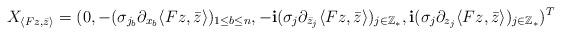
LaTeX: \begin{align*}X_{\langle Fz,\bar{z}\rangle}=(0,-(\sigma_{j_b}\partial_{x_b}\langle Fz,\bar{z}\rangle)_{1\leq b\leq n},-\mathbf{i}(\sigma_j\partial_{\bar{z}_j}\langle Fz,\bar{z}\rangle)_{j\in\mathbb{Z}_*},\mathbf{i}(\sigma_j\partial_{z_j}\langle Fz,\bar{z}\rangle)_{j\in\mathbb{Z}_*})^T\end{align*}